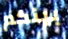
بينكم